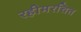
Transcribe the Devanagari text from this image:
रहीमरचित